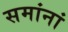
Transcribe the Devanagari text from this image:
समांनां